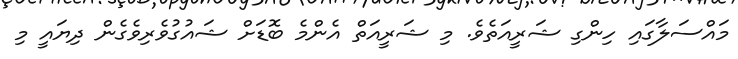
މައްސަލާގައި ހިންގި ޝަރީއަތެވެ. މި ޝަރީއަތް އެންމެ ބޮޑަށް ޝައުގުވެރިވެގެން ދިޔައީ މި